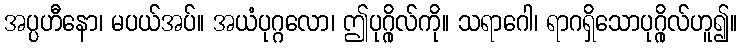
အပ္ပဟီနော၊ မပယ်အပ်။ အယံပုဂ္ဂလော၊ ဤပုဂ္ဂိုလ်ကို။ သရာဂေါ၊ ရာဂရှိသောပုဂ္ဂိုလ်ဟူ၍။